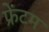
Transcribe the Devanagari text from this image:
फ्रेंटम